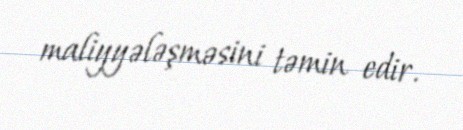
maliyyələşməsini təmin edir.